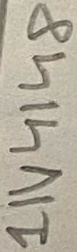
Text: 1N4148